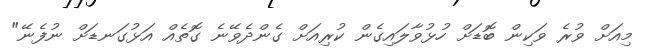
މިއަށް ވުރެ ވަކިން ބޮޑަށް ހުޅުވާލައިގެން ކުރިއަށް ގެންދެވޭނެ ގޮތެއް އަޅުގަނޑަށް ނުފެނޭ"